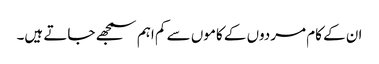
ان کے کام مردوں کے کاموں سے کم اہم سمجھے جاتے ہیں۔